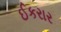
ઈકરાર